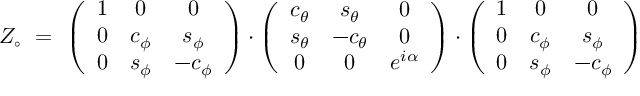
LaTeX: Z _ { \circ } \ = \ \left( \begin{array} { c c c } { { 1 } } & { { 0 } } & { { 0 } } \\ { { 0 } } & { { c _ { \phi } } } & { { s _ { \phi } } } \\ { { 0 } } & { { s _ { \phi } } } & { { - c _ { \phi } } } \end{array} \right) \cdot \left( \begin{array} { c c c } { { c _ { \theta } } } & { { s _ { \theta } } } & { { 0 } } \\ { { s _ { \theta } } } & { { - c _ { \theta } } } & { { 0 } } \\ { { 0 } } & { { 0 } } & { { e ^ { i \alpha } } } \end{array} \right) \cdot \left( \begin{array} { c c c } { { 1 } } & { { 0 } } & { { 0 } } \\ { { 0 } } & { { c _ { \phi } } } & { { s _ { \phi } } } \\ { { 0 } } & { { s _ { \phi } } } & { { - c _ { \phi } } } \end{array} \right)